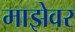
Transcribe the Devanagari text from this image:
माझेवर